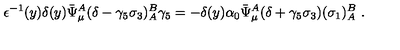
\epsilon ^ { - 1 } ( y ) \delta ( y ) \bar { \Psi } _ { \mu } ^ { A } ( \delta - \gamma _ { 5 } \sigma _ { 3 } ) _ { A } ^ { B } \gamma _ { 5 } = - \delta ( y ) \alpha _ { 0 } \bar { \Psi } _ { \mu } ^ { A } ( \delta + \gamma _ { 5 } \sigma _ { 3 } ) ( \sigma _ { 1 } ) _ { A } ^ { B } \ .